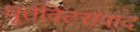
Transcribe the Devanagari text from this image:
धूर्तविटसंवाद